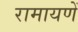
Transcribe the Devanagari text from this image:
रामायणें